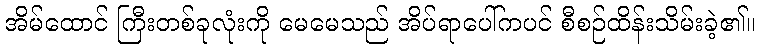
အိမ်ထောင် ကြီးတစ်ခုလုံးကို မေမေသည် အိပ်ရာပေါ်ကပင် စီစဉ်ထိန်းသိမ်းခဲ့၏။